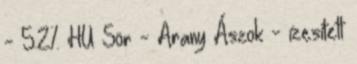
- 5.2% HU Sör - Arany Ászok - ízesített